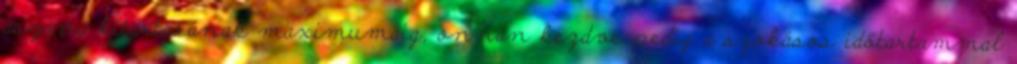
ászana kitartásának maximumáig, onnan kezdve pedig a szokásos időtartammal